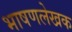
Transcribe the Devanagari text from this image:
भाषणलेखक